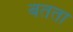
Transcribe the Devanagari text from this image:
बतता